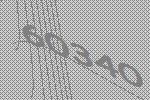
60340